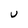
Character: U